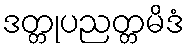
ဒတ္တုပညတ္တမိဒံ